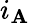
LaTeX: i_{\mathbf{A}}